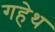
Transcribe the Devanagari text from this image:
गहेथ